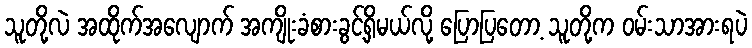
သူတို့လဲ အထိုက်အလျောက် အကျိုးခံစားခွင့်ရှိမယ်လို့ ပြောပြတော့ သူတို့က ဝမ်းသာအားရပဲ